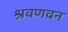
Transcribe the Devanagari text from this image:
श्रवणवन